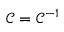
{ \mathcal { C } } = { \mathcal { C } } ^ { - 1 }